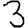
Digit: 3